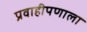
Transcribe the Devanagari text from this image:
प्रवाहीपणाला